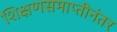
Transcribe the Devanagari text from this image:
शिक्षणसमाप्तीनंतर